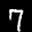
Label: 7